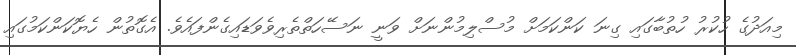
މިއަދުގެ ހުކުރު ހުތުބާގައި ގިނަ ކަންކަމަށް މުސްލިމުންނަށް ވަނީ ނަސޭހަތްތެރިވެވަޑައިގެންފައެވެ. އެގޮތުން ހެޔޮކަންކަމުގައި